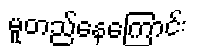
မူတည်နေကြောင်း